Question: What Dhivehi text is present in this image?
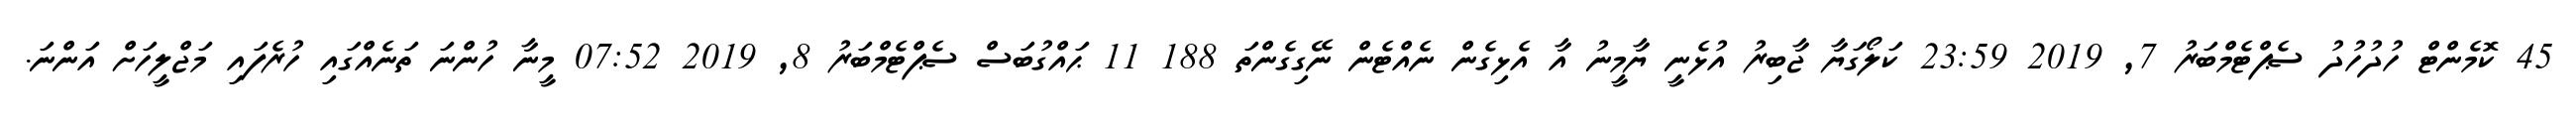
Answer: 45 ކޮމެންޓް ހުދުހުދު ސެޕްޓެމްބަރު 7, 2019 23:59 ކަލޯގަޔާ ޖާބިރު އުޅެނީ ޔާމީނު އާ އެޅިގެން ނެއްޓެން ނޭގިގެންތަ 188 11 ޙައްގުބަސް ސެޕްޓެމްބަރު 8, 2019 07:52 މީނާ ހުންނަ ތަނެއްގައި ހުރެފައި މަޖްލީހަށް އަންނަ.